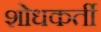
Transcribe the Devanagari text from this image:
शोधकर्ती